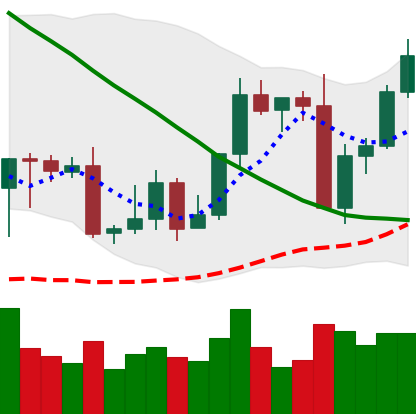
Ticker: LTC-USD
Chart end date: 2022-09-10
Forward return: -11.164%
Label: down_7plus